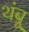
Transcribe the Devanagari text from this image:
थंबू